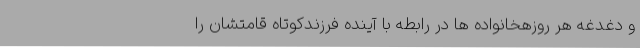
و دغدغه هر روزهخانواده ها در رابطه با آینده فرزندکوتاه قامتشان را